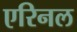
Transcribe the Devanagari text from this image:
एरिनल